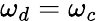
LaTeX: \omega_{d}=\omega_{c}